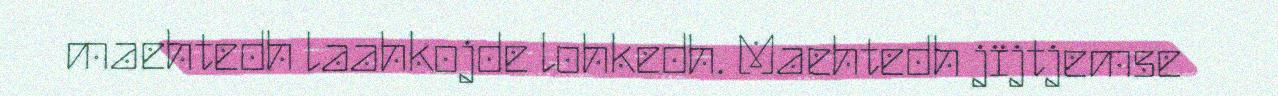
maehtedh laahkojde lohkedh. Maehtedh jïjtjemse